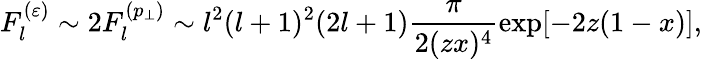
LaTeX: F_{l}^{(\varepsilon)}\sim 2F_{l}^{(p_{\perp})}\sim l^{2}(l+1)^{2}(2l+1)\frac{\pi}{2(zx)^{4}}\exp[-2z(1-x)],